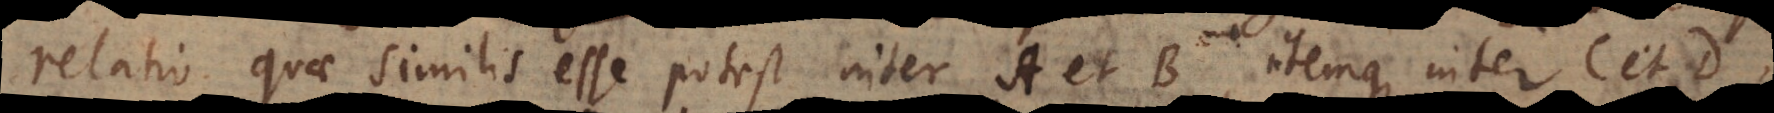
relatio quae similis esse potest inter A et B, itemque inter C et D,